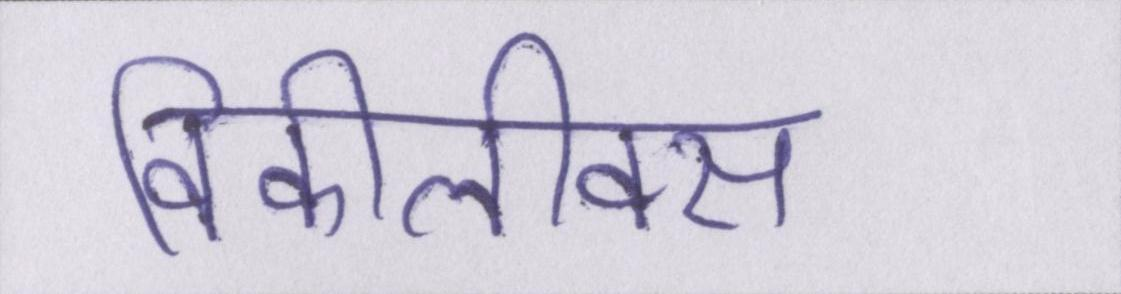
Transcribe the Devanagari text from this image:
विकीलीक्स